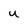
Character: U